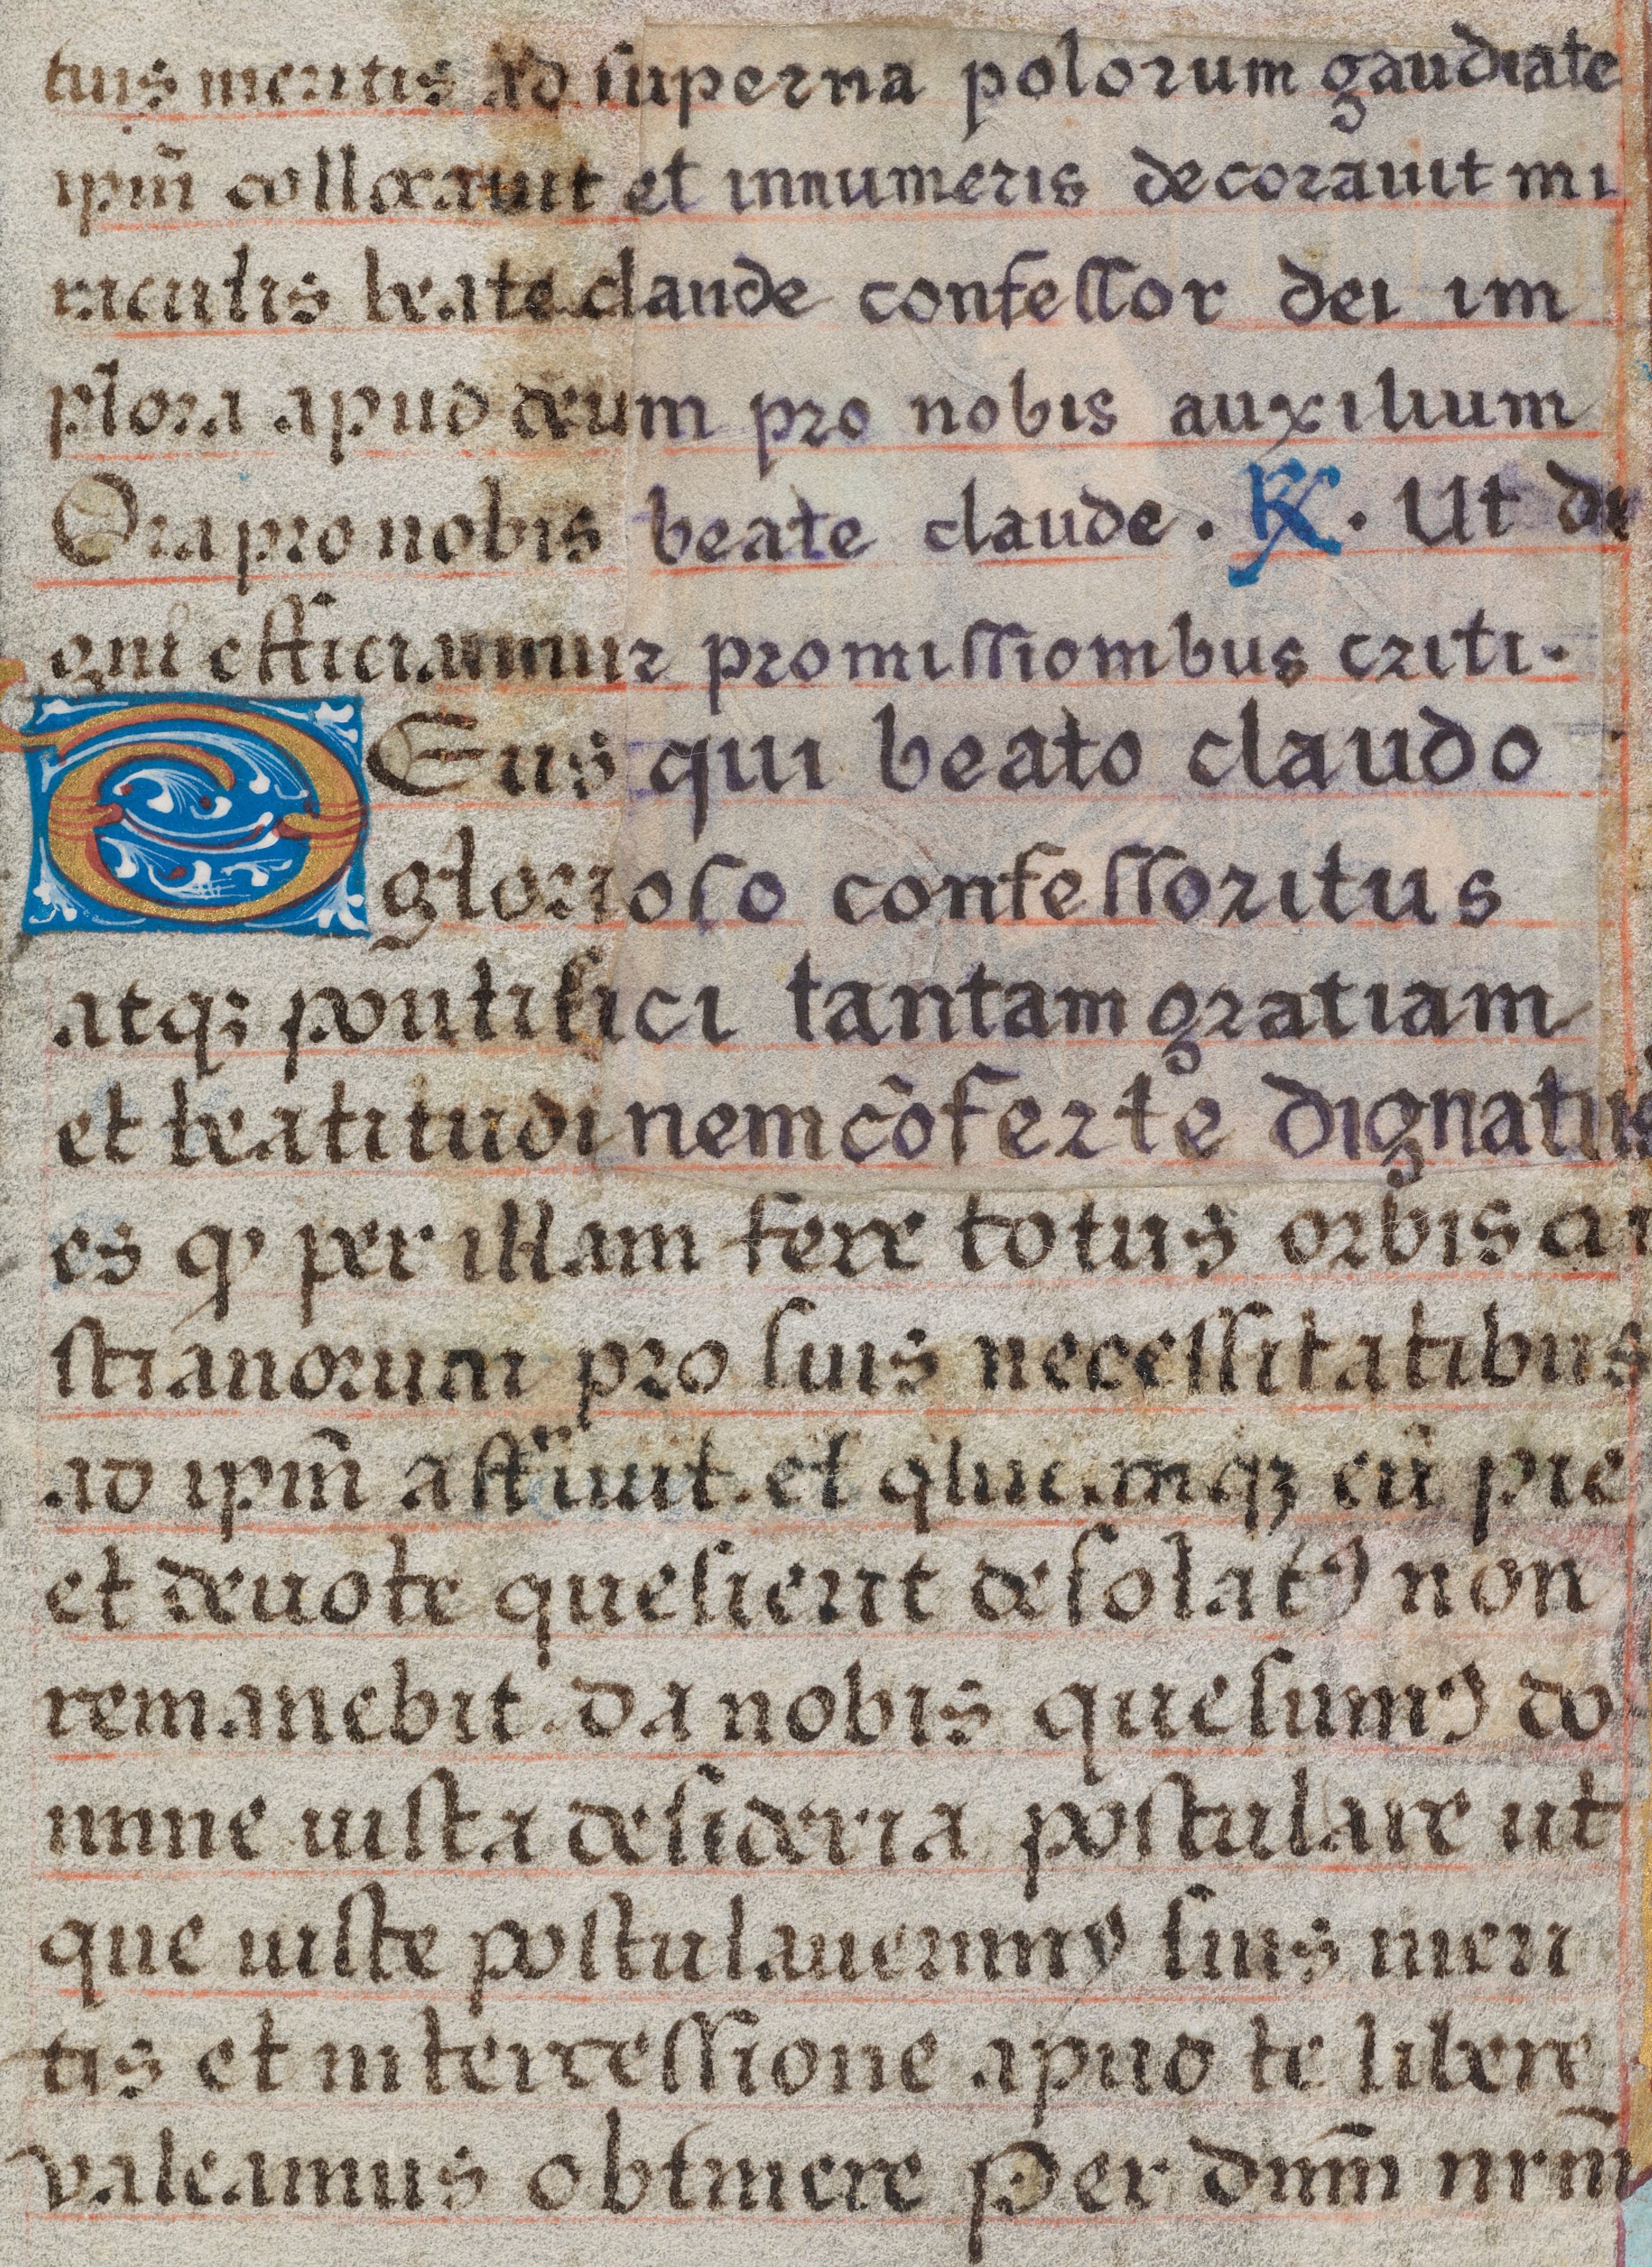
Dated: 1475–1505